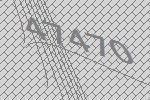
47470